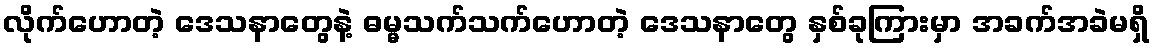
လိုက်ဟောတဲ့ ဒေသနာတွေနဲ့ ဓမ္မသက်သက်ဟောတဲ့ ဒေသနာတွေ နှစ်ခုကြားမှာ အခက်အခဲမရှိ